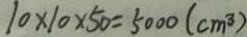
1 0 \times 1 0 \times 5 0 = 5 0 0 0 ( c m ^ { 3 } )